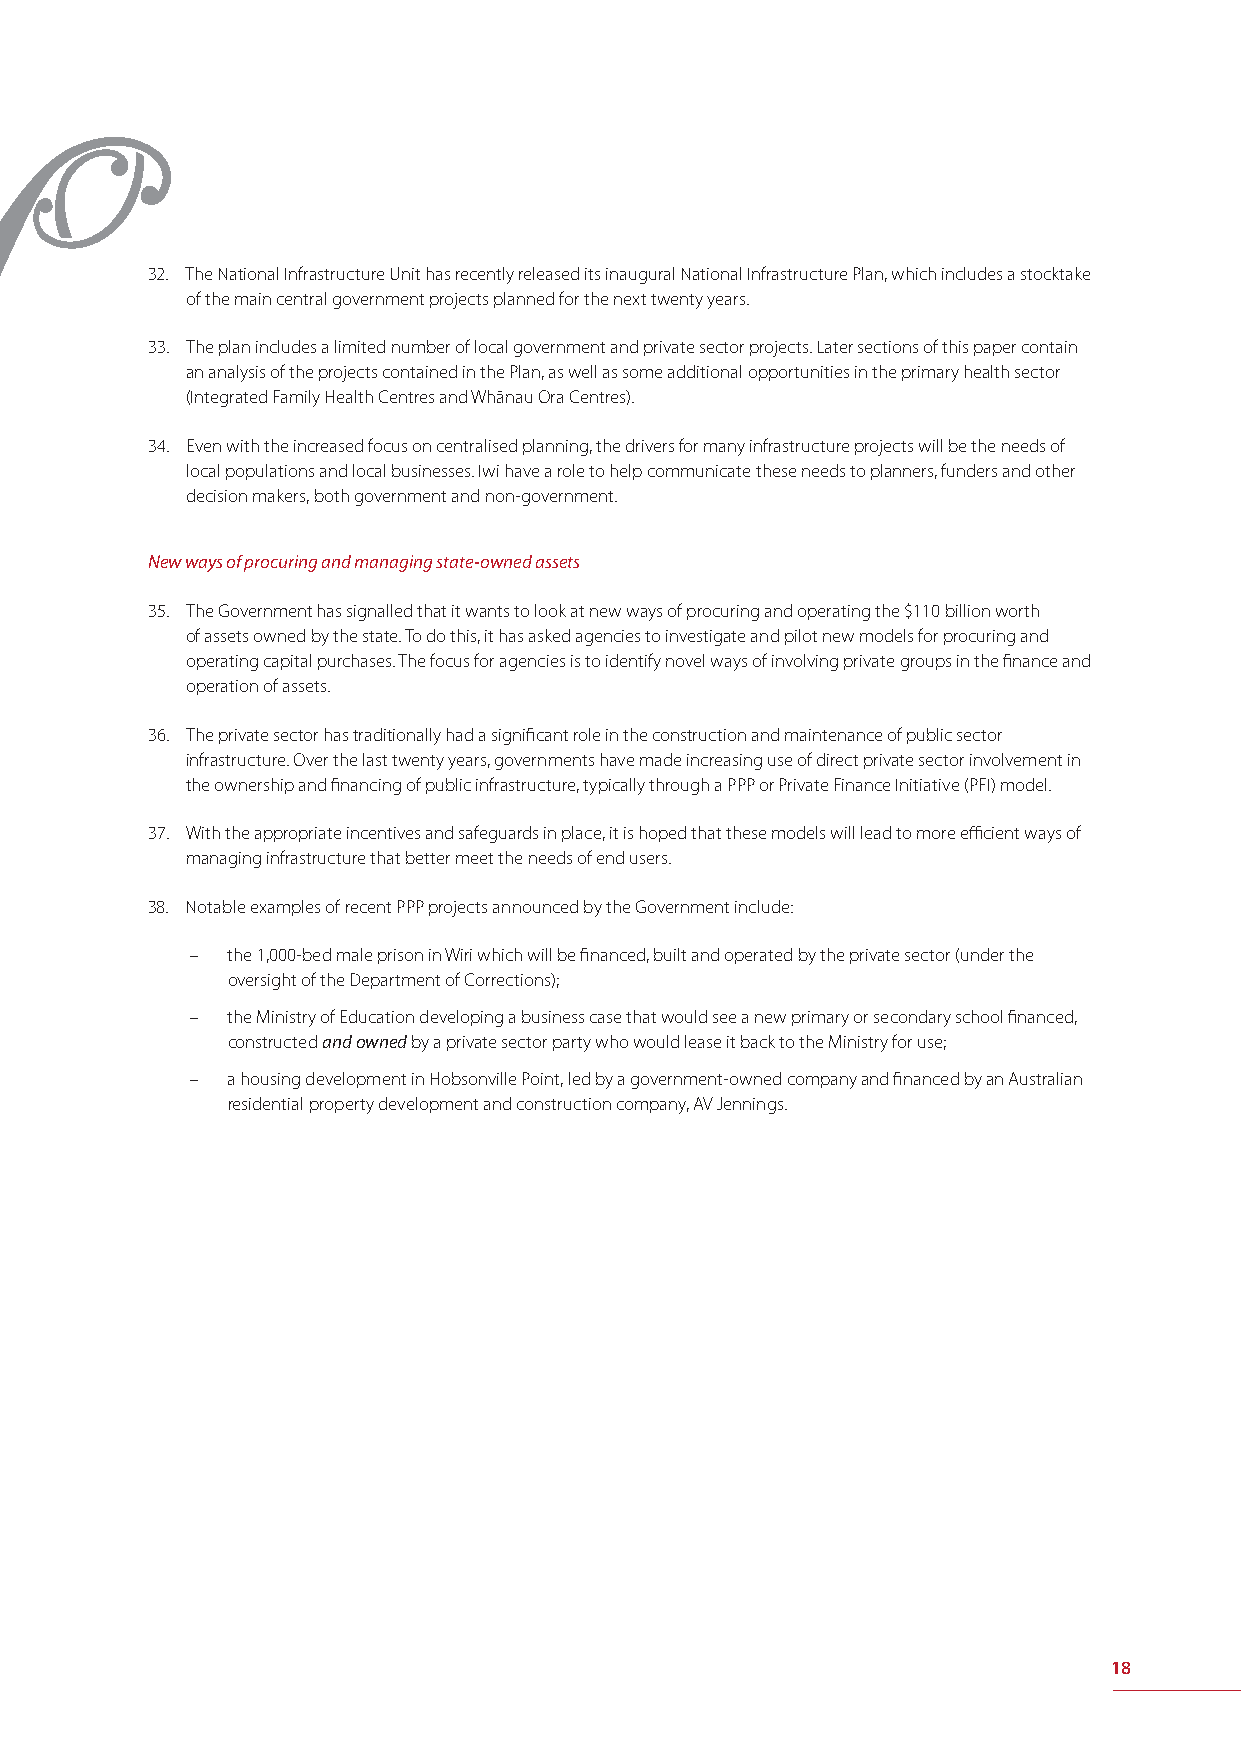
32. The National Infrastructure Unit has recently released its inaugural National Infrastructure Plan, which includes a stocktake
 of the main central government projects planned for the next twenty years.
 33. The plan includes a limited number of local government and private sector projects. Later sections of this paper contain
 an analysis of the projects contained in the Plan, as well as some additional opportunities in the primary health sector
 (Integrated Family Health Centres and Whānau Ora Centres).
 34. Even with the increased focus on centralised planning, the drivers for many infrastructure projects will be the needs of
 local populations and local businesses. Iwi have a role to help communicate these needs to planners, funders and other
 decision makers, both government and non-government.
 New ways of procuring and managing state-owned assets
 35. The Government has signalled that it wants to look at new ways of procuring and operating the $110 billion worth
 of assets owned by the state. To do this, it has asked agencies to investigate and pilot new models for procuring and
 operating capital purchases. The focus for agencies is to identify novel ways of involving private groups in the fi nance and
 operation of assets.
 36. The private sector has traditionally had a signifi cant role in the construction and maintenance of public sector
 infrastructure. Over the last twenty years, governments have made increasing use of direct private sector involvement in
 the ownership and fi nancing of public infrastructure, typically through a PPP or Private Finance Initiative (PFI) model.
 37. With the appropriate incentives and safeguards in place, it is hoped that these models will lead to more effi cient ways of
 managing infrastructure that better meet the needs of end users.
 38. Notable examples of recent PPP projects announced by the Government include:
 – the 1,000-bed male prison in Wiri which will be fi nanced, built and operated by the private sector (under the
 oversight of the Department of Corrections);
 – the Ministry of Education developing a business case that would see a new primary or secondary school fi nanced,
 constructed and owned by a private sector party who would lease it back to the Ministry for use;
 – a housing development in Hobsonville Point, led by a government-owned company and fi nanced by an Australian
 residential property development and construction company, AV Jennings.
 18